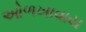
ઓળખાવાય